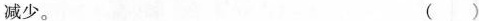
减少。（ ）